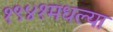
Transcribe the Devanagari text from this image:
१९४१मधल्या